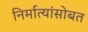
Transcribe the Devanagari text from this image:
निर्मात्यांसोबत